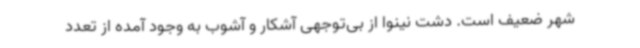
شهر ضعیف است. دشت نینوا از بی‌توجهی آشکار و آشوب به وجود آمده از تعدد